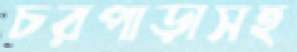
চরপাড়াসহ